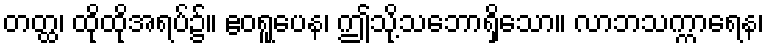
တတ္ထ၊ ထိုထိုအရပ်၌။ ဧဝရူပေန၊ ဤသို့သဘောရှိသော။ လာဘသက္ကာရေန၊